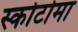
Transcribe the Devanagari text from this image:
स्कोटोमा